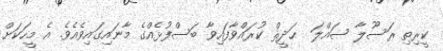
ކީރިތި ރަސޫލާ ޞައްލަ  ޙަދީޘް ކުރައްވާފައިވާ ބަސްފުޅެއްގެ މާނައިގައިވެއެވެ. އެ މީހަކަށް